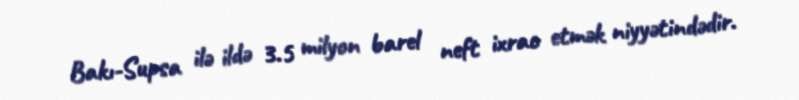
Bakı-Supsa ilə ildə 3.5 milyon barel neft ixrac etmək niyyətindədir.